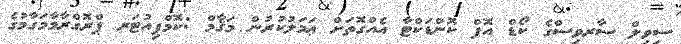
ސިވިލް ސާރވިސްގެ ކޯޑް އޮފް ކޮންޑަކްޓާ އެއްގޮތަށް ޢަމަލުކުރުން މަޤާމް :ކޮމްޕިއުޓަރ ޕްރޮގްރާމާމަގާމުގެ